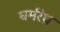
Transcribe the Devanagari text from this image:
घर्मरंध्र